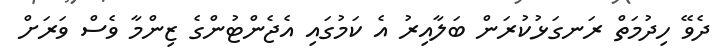
ދެވޭ ހިދުމަތް ރަނގަޅުކުރަން ބަލާއިރު އެ ކަމުގައި އެޖެންޓުންގެ ޒިންމާ ވެސް ވަރަށް